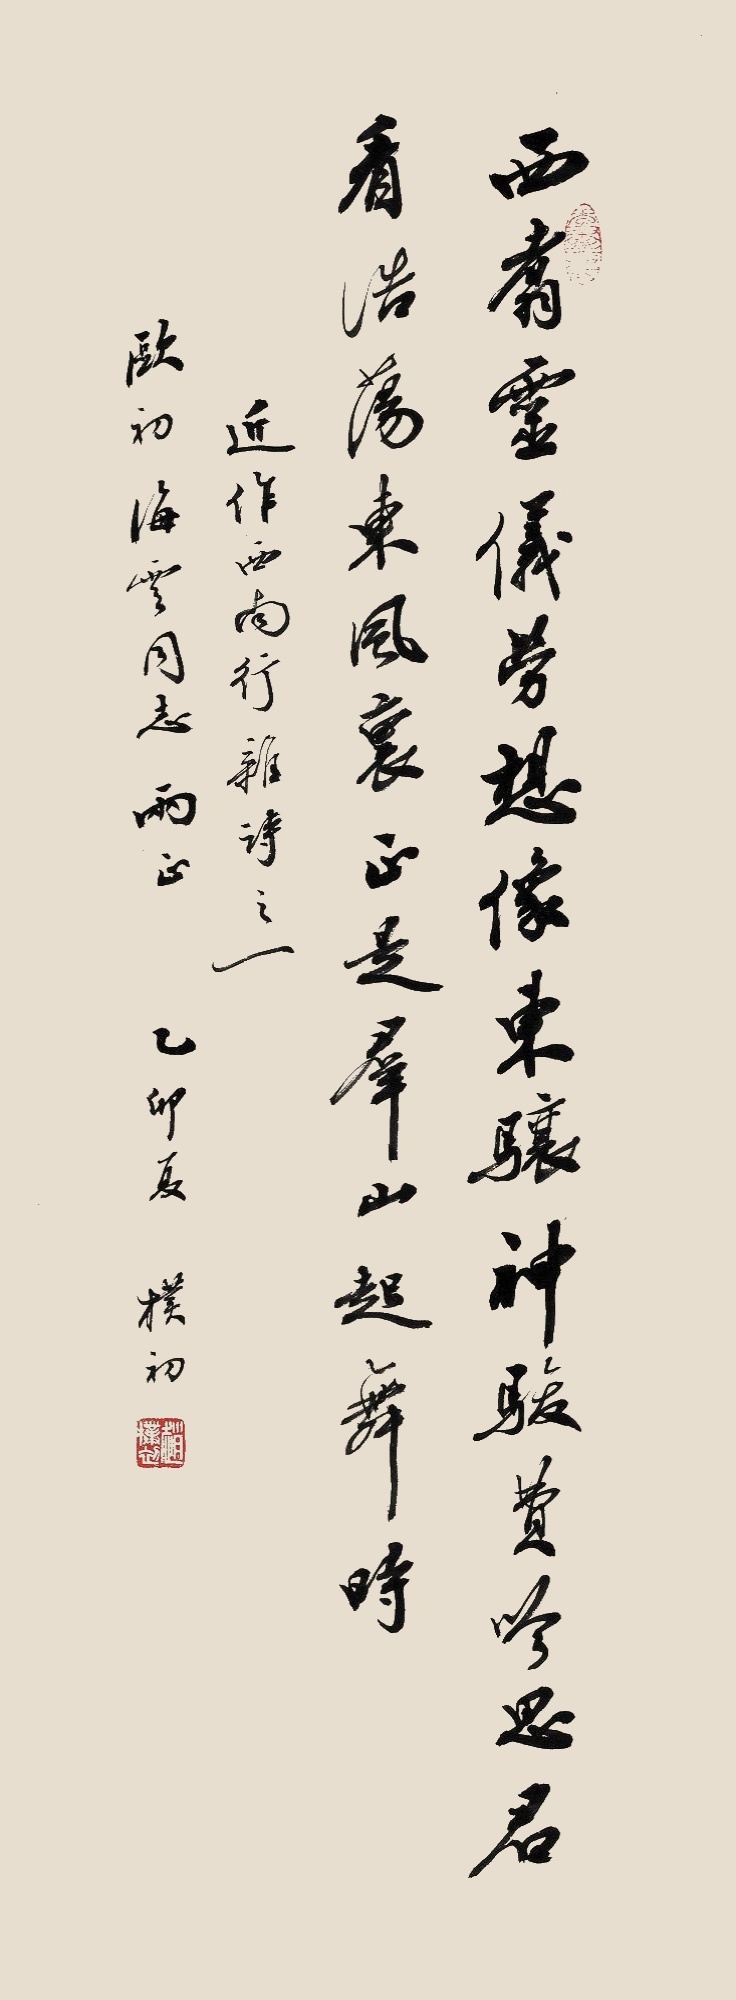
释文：西翥灵仪劳想像，东骧神骏费吟思。君看浩荡东风里，正是群山起舞时。近作西南行杂诗之一，欧初、海云同志两正，乙卯夏，朴初。